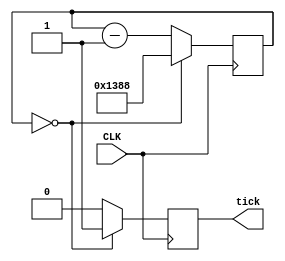
module divide5k(CLK, tick);
	input CLK;
	output tick;
	parameter N = 5000;
	
	
	initial tick = 0;
	
	reg [15:0] count;
	reg tick;
	always @ (posedge CLK)
		if(count==1'b0)
		begin
			tick<=1'b1;
			count<=N;
		end
		else
		begin
			count<=count-1'b1;
			tick<=1'b0;
		end
		
endmodule